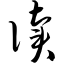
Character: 读